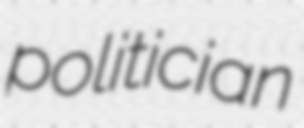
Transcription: politician